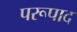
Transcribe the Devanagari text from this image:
परूपाद